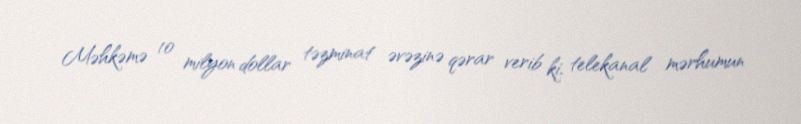
Məhkəmə 10 milyon dollar təzminat əvəzinə qərar verib ki, telekanal mərhumun